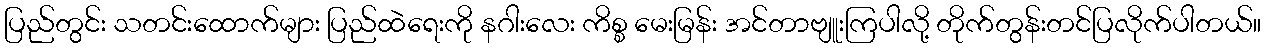
ပြည်တွင်း သတင်းထောက်များ ပြည်ထဲရေးကို နဂါးလေး ကိစ္စ မေးမြန်း အင်တာဗျူးကြပါလို့ တိုက်တွန်းတင်ပြလိုက်ပါတယ်။